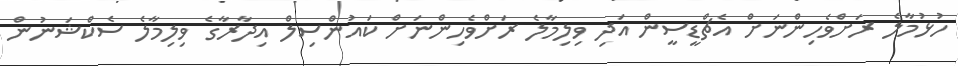
ހުޅުމާލެ ރަށްވެހިންނަށް އެޗްޑީސީން އަދި ވިލިމާލެ ރަށްވެހިންނަށް ކައުންސިލް އިދާރާގެ ވިލިމާލެ ސެކްޝަނުން